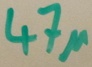
Text: 47µ